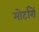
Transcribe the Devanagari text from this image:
मोर्टारों